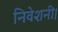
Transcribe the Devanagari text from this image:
निवेशनी।